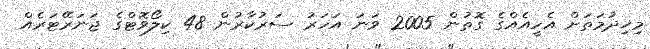
މިޚިދުމަތަށް އެހީއެއްގެ ގޮތުން 2005 ވަނަ އަހަރު ސަރުކާރުން 48 ކިލޯވޮޓްގެ ޖަނަރޭޓަރެއް